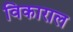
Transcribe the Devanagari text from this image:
विकाराल